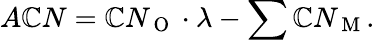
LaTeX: A\mathbb{C}N=\mathbb{C}N_{\mathrm{{~O~}}}\cdot\lambda-\sum\mathbb{C}N_{\mathrm{{~M~}}}.